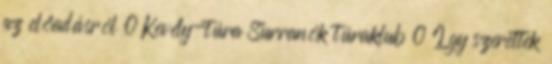
az előadásról 0 Kevély-túra Surranók túraklub 0 Így szerettek